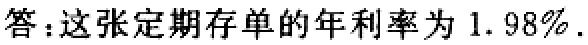
答：这张定期存单的年利率为 \(1.98\%\) .